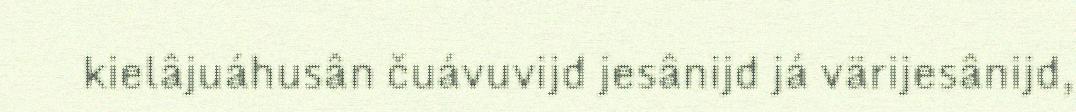
kielâjuáhusân čuávuvijd jesânijd já värijesânijd,